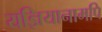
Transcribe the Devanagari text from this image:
यज्ञियानामपि